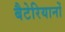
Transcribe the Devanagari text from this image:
बैटेरियानों